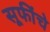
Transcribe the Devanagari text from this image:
सूफींचे